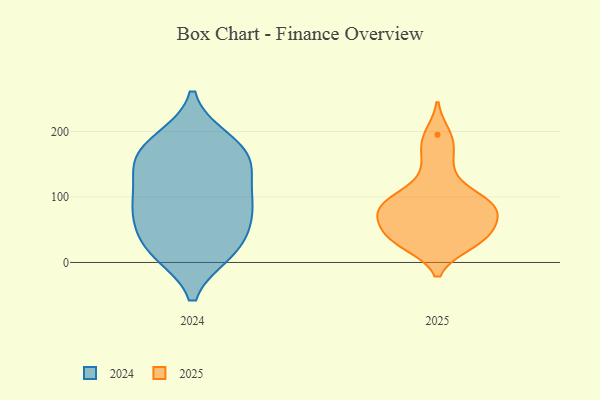
{"axis": {"x": "Waste Production (Tons)", "y": "Value"}, "legend": ["2024", "2025"], "data": [{"x": "", "y": 27, "type": "2024"}, {"x": "", "y": 188, "type": "2024"}, {"x": "", "y": 154, "type": "2024"}, {"x": "", "y": 84, "type": "2024"}, {"x": "", "y": 58, "type": "2024"}, {"x": "", "y": 157, "type": "2024"}, {"x": "", "y": 127, "type": "2024"}, {"x": "", "y": 167, "type": "2024"}, {"x": "", "y": 75, "type": "2024"}, {"x": "", "y": 74, "type": "2024"}, {"x": "", "y": 95, "type": "2024"}, {"x": "", "y": 187, "type": "2024"}, {"x": "", "y": 21, "type": "2024"}, {"x": "", "y": 153, "type": "2024"}, {"x": "", "y": 15, "type": "2024"}, {"x": "", "y": 109, "type": "2024"}, {"x": "", "y": 15, "type": "2024"}, {"x": "", "y": 86, "type": "2025"}, {"x": "", "y": 37, "type": "2025"}, {"x": "", "y": 29, "type": "2025"}, {"x": "", "y": 41, "type": "2025"}, {"x": "", "y": 96, "type": "2025"}, {"x": "", "y": 195, "type": "2025"}, {"x": "", "y": 81, "type": "2025"}, {"x": "", "y": 173, "type": "2025"}, {"x": "", "y": 28, "type": "2025"}, {"x": "", "y": 139, "type": "2025"}, {"x": "", "y": 99, "type": "2025"}, {"x": "", "y": 53, "type": "2025"}, {"x": "", "y": 89, "type": "2025"}, {"x": "", "y": 61, "type": "2025"}, {"x": "", "y": 74, "type": "2025"}]}